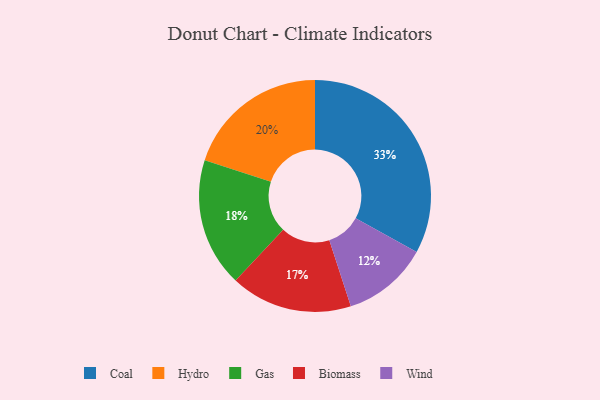
{"axis": {"x": "Category", "y": "Percentage"}, "legend": ["Biomass", "Coal", "Gas", "Hydro", "Wind"], "data": [{"x": "Coal", "y": 33, "type": "Coal"}, {"x": "Hydro", "y": 20, "type": "Hydro"}, {"x": "Gas", "y": 18, "type": "Gas"}, {"x": "Biomass", "y": 17, "type": "Biomass"}, {"x": "Wind", "y": 12, "type": "Wind"}]}